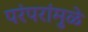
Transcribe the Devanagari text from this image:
परंपरांमुळे